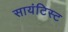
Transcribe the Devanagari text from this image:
सायंटिस्ट